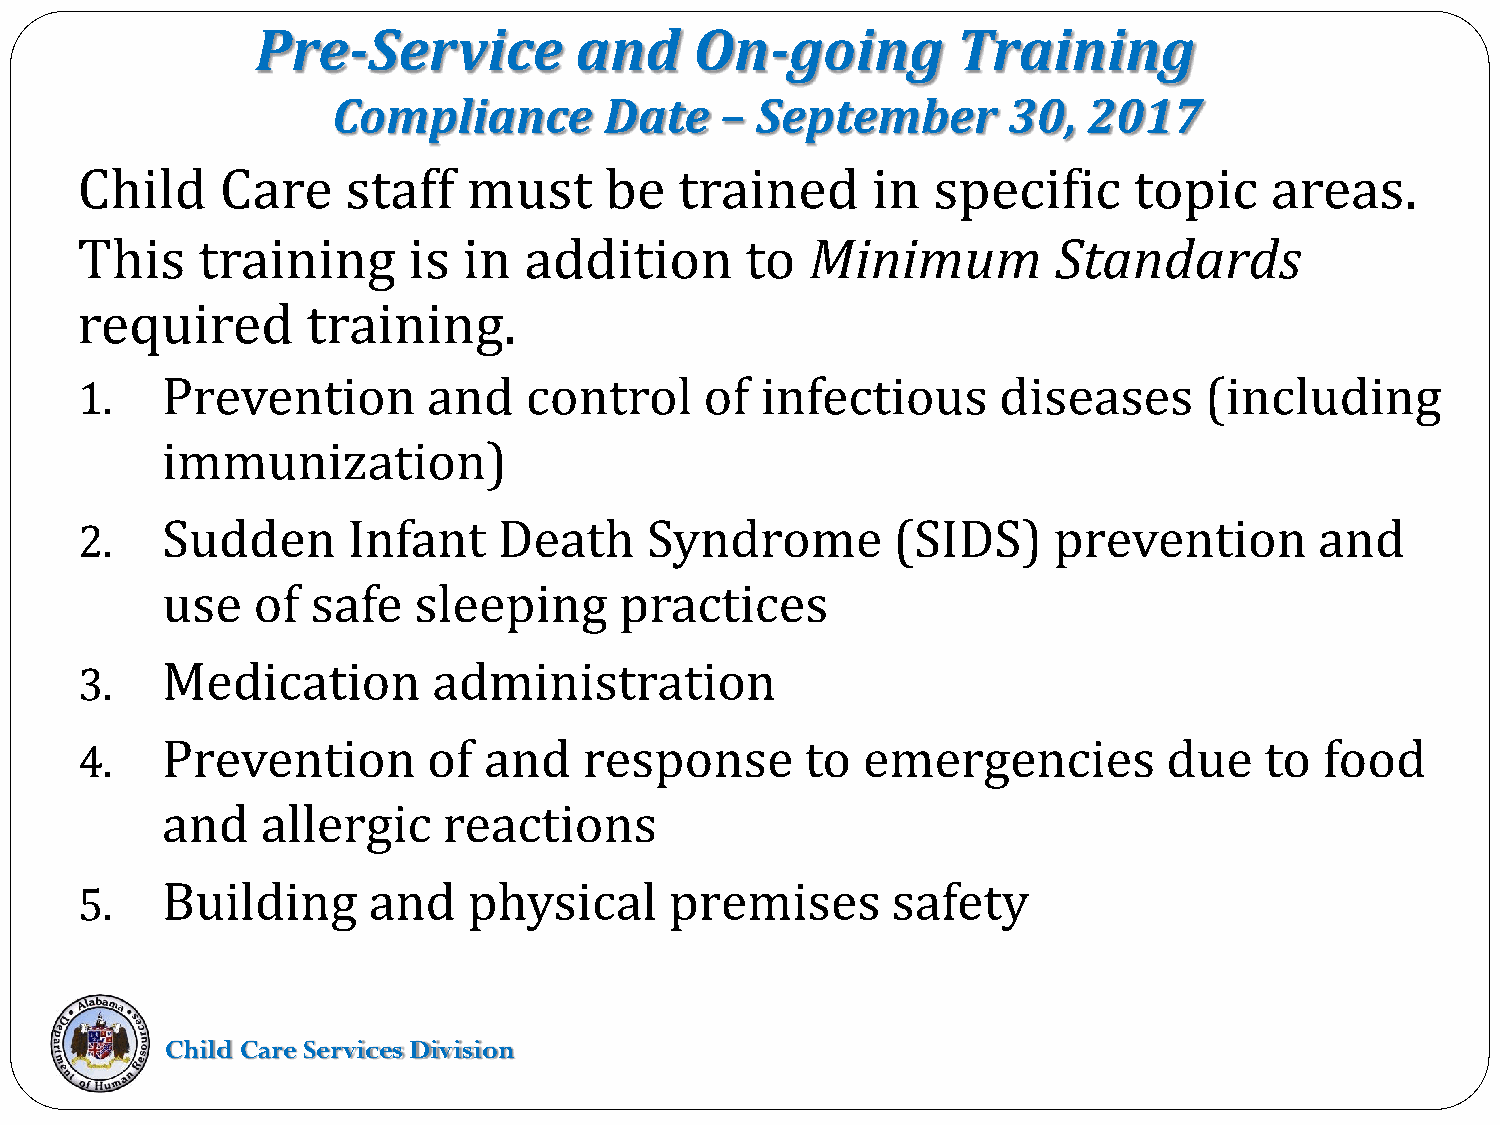
Pre-Service          and     On-going         Training
 Compliance        Date    – September        30,  2017
 Child     Care    staff   must     be   trained      in  specific     topic    areas.
 This    training      is  in  addition      to   Minimum         Standards
 required       training.
 Prevention       and    control     of infectious      diseases      (including
 1.
 immunization)
 Sudden      Infant    Death     Syndrome        (SIDS)     prevention       and
 2.
 use   of  safe  sleeping      practices
 Medication        administration
 3.
 Prevention       of  and    response      to  emergencies         due    to  food
 4.
 and   allergic    reactions
 Building     and    physical     premises       safety
 5.
 Child Care Services Division